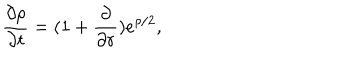
\frac { \partial \rho } { \partial t } = ( 1 + \frac { \partial } { \partial r } ) e ^ { \rho / 2 } ,